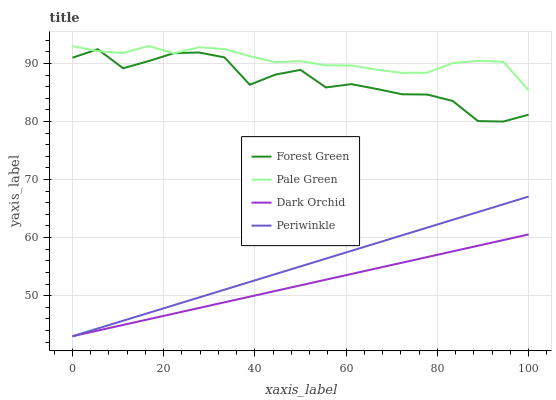
| xaxis_label | Forest Green | Pale Green | Dark Orchid | Periwinkle |
 | --- | --- | --- | --- | --- |
 | 0 | 91 | 93 | 43 | 43 |
 | 5.56 | 92.4 | 92.1 | 44 | 44.3 |
 | 11.1 | 89.2 | 91.8 | 44.9 | 45.7 |
 | 16.7 | 90.4 | 93 | 45.9 | 47 |
 | 22.2 | 91.8 | 91.8 | 46.9 | 48.3 |
 | 27.8 | 91.9 | 92.8 | 47.9 | 49.7 |
 | 33.3 | 91 | 92.5 | 48.8 | 51 |
 | 38.9 | 86.3 | 91.2 | 49.8 | 52.4 |
 | 44.4 | 88.1 | 90.2 | 50.8 | 53.7 |
 | 50 | 88.9 | 90.4 | 51.8 | 55 |
 | 55.6 | 85.9 | 89.7 | 52.7 | 56.4 |
 | 61.1 | 86.4 | 89.7 | 53.7 | 57.7 |
 | 66.7 | 85.6 | 88.9 | 54.7 | 59 |
 | 72.2 | 84.7 | 88.4 | 55.7 | 60.4 |
 | 77.8 | 84.6 | 88.4 | 56.6 | 61.7 |
 | 83.3 | 83.5 | 90.1 | 57.6 | 63.1 |
 | 88.9 | 80.1 | 90.4 | 58.6 | 64.4 |
 | 94.4 | 80 | 90.3 | 59.6 | 65.7 |
 | 100 | 81.2 | 85.4 | 60.5 | 67.1 |